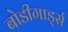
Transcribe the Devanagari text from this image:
बोडीगार्ड्स